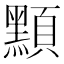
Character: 𪑸